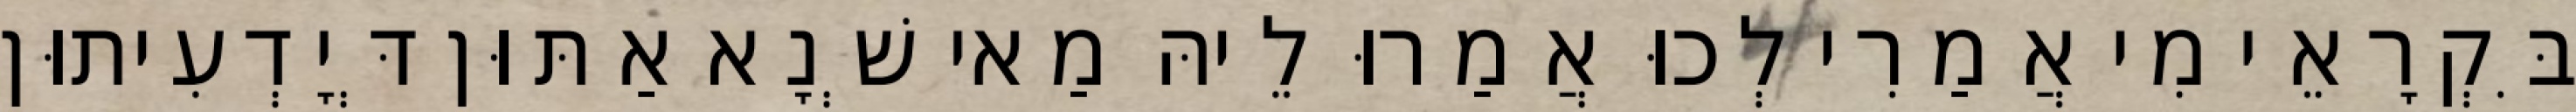
בִּקְרָאֵי מִי אֲמַרִי לְכוּ אֲמַרוּ לֵיהּ מַאי שְׁנָא אַתּוּן דְּיָדְעִיתוּן